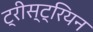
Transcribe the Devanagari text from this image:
ट्रीस्ट्रियन